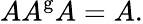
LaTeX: AA^{\mathrm{g}}A=A.